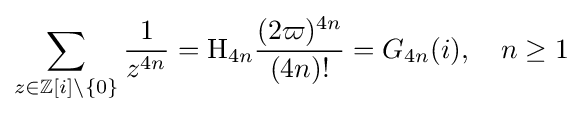
\sum _{z\in \mathbb {Z} [i]\setminus \{0\}}{\frac {1}{z^{4n}}}=\mathrm {H} _{4n}{\frac {(2\varpi )^{4n}}{(4n)!}}=G_{4n}(i),\quad n\geq 1